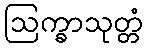
ဩက္ခာသုတ္တံ